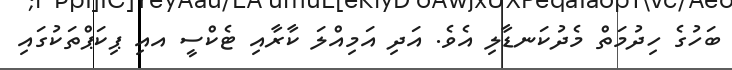
ބަހުގެ ހިދުމަތް މެދުކަނޑާލި އެވެ. އަދި އަމިއްލަ ކާރާއި ޓެކްސީ އއި ޕިކަޕްތަކުގައި